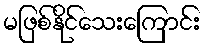
မဖြစ်နိုင်သေးကြောင်း